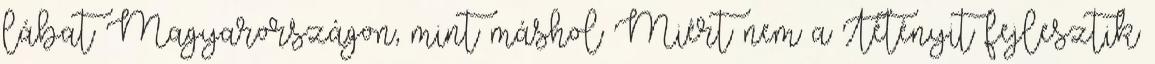
lábat Magyarországon, mint máshol Miért nem a Tétényit fejlesztik